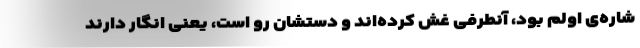
شاره‌ی اولم بود، آنطرفی غش کرده‌اند و دستشان رو است، یعنی انگار دارند